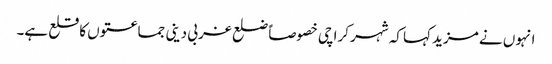
انہوں نے مزید کہا کہ شہر کراچی خصوصاًً ضلع غربی دینی جماعتوں کا قلع ہے۔